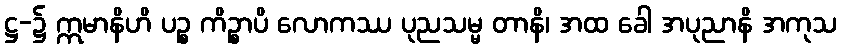
ဋ္ဌ-၌ ဣမာနိဟိ ပဉ္စ ကိဉ္စာပိ လောကဿ ပုညသမ္မ တာနိ၊ အထ ခေါ အပုညာနိ အကုသ